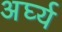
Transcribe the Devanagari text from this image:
अर्घ्य